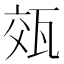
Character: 𭺡